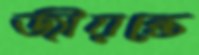
জীয়ন্তে